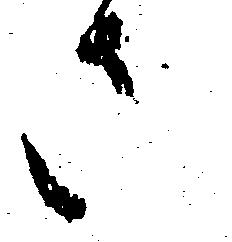
さ